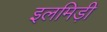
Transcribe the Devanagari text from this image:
इलमिड़ी